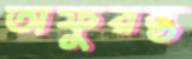
অফুরন্ত